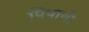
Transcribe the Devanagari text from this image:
पिपाणी